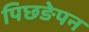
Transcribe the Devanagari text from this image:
पिछङेपन